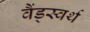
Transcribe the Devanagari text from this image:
वैंड्स्वर्थ